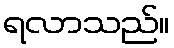
ရလာသည်။